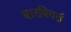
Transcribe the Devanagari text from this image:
बारबियर्स